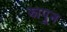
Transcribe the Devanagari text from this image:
झापून